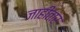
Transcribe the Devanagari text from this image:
जाहीतार